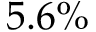
5 . 6 \%